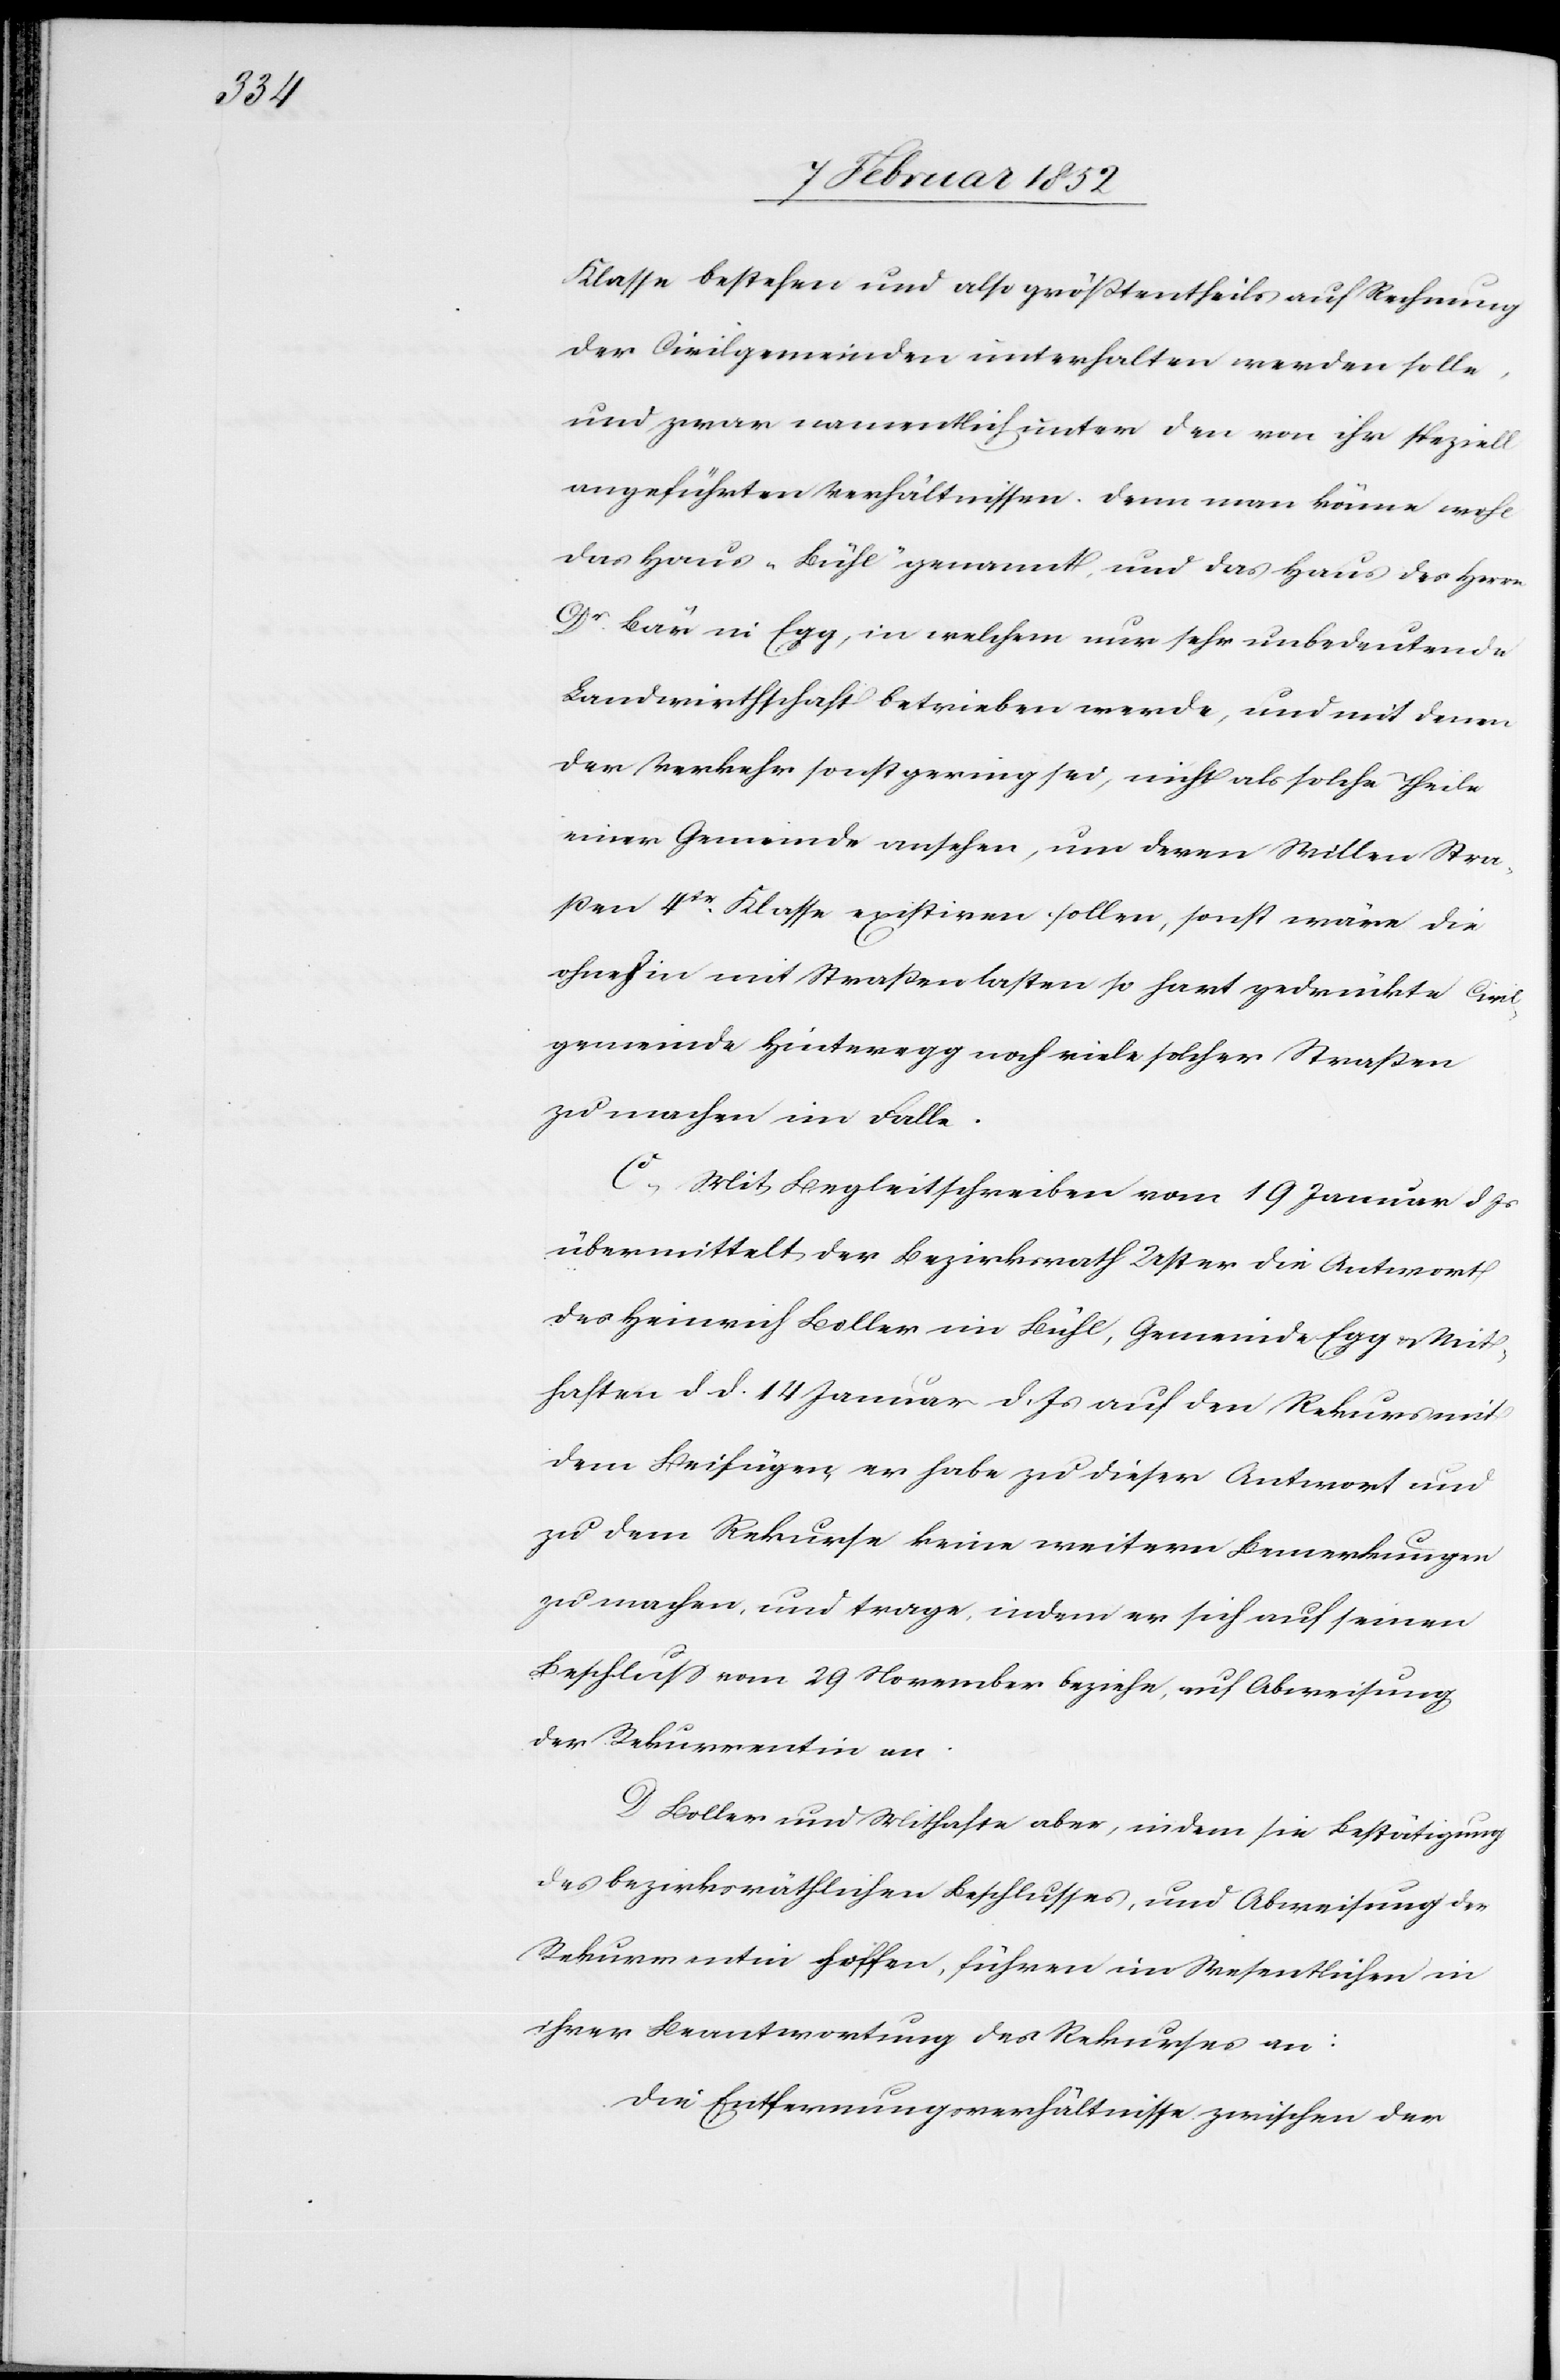
Klasse bestehen und also größtentheils auf Rechnung
der Civilgemeinden unterhalten werden solle,
und zwar namentlich unter den von ihr speziell
angeführten Verhältnissen. Denn man könne wohl
das Haus „Bühl“ genannt, und das Haus des Herrn
Dr. Bär in Egg, in welchem nur sehr unbedeutende
Landwirthschaft betrieben werde, und mit denen
der Verkehr sonst gering sei, nicht als solche Theile
einer Gemeinde ansehen, um deren Willen Stra¬
ßen 4tr Klasse existiren sollen, sonst wäre die
ohnehin mit Straßenlasten so hart gedrückte Civil¬
gemeinde Hinteregg noch viele solcher Straßen
zu machen im Falle.
C.) Mit Begleitschreiben vom 10 Januar d. Js
übermittelt der Bezirksrath Uster die Antwort
des Heinrich Boller im Bühl, Gemeinde Egg u. Mit¬
haften d. d. 14 Januar d. Js auf den Rekurs mit
dem Beifügen, er habe zu dieser Antwort und
zu dem Rekurse keine weitern Bemerkungen
zu machen, und trage, indem er sich auf seinen
Beschluß vom 29 November beziehe, auf Abweisung
der Rekurrentin an.
D Boller und Mithafte aber, indem sie Bestätigung
des bezirksräthlichen Beschlusses, und Abweisung des
Rekurrentin hoffen, führen im Wesentlichen in
ihrer Beantwortung des Rekurses an:
Die Entfernungsverhältnisse zwischen der